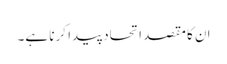
ان کا مقصد اتحاد پیدا کرنا ہے۔